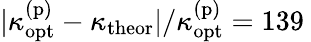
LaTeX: |\kappa_{\mathrm{opt}}^{\mathrm{(p)}}-\kappa_{\mathrm{theor}}|/\kappa_{\mathrm{opt}}^{\mathrm{(p)}}=139\